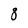
Character: 8